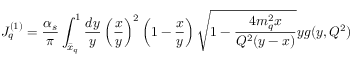
J _ { q } ^ { ( 1 ) } = { \frac { \alpha _ { s } } { \pi } } \int _ { \bar { x } _ { q } } ^ { 1 } { \frac { d y } { y } } \left( { \frac { x } { y } } \right) ^ { 2 } \left( 1 - { \frac { x } { y } } \right) \sqrt { 1 - { \frac { 4 m _ { q } ^ { 2 } x } { Q ^ { 2 } ( y - x ) } } } y g ( y , Q ^ { 2 } )